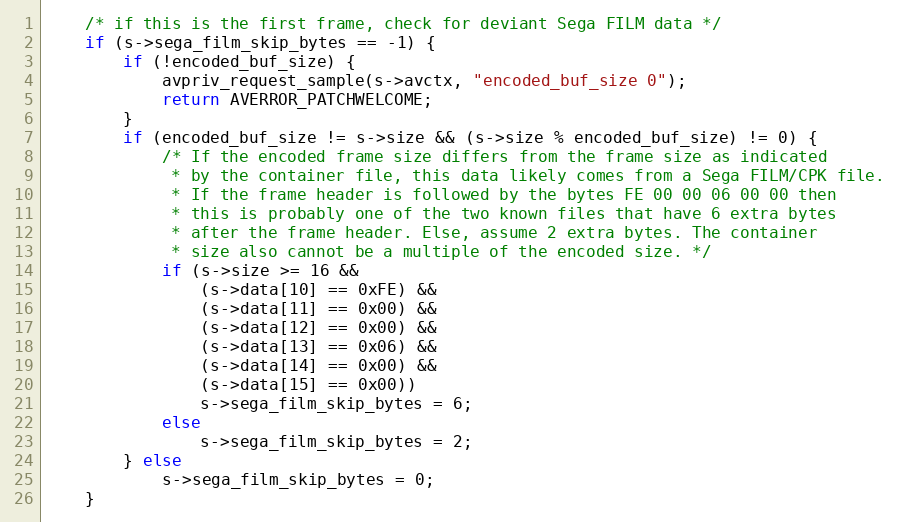
Language: C
    /* if this is the first frame, check for deviant Sega FILM data */
    if (s->sega_film_skip_bytes == -1) {
        if (!encoded_buf_size) {
            avpriv_request_sample(s->avctx, "encoded_buf_size 0");
            return AVERROR_PATCHWELCOME;
        }
        if (encoded_buf_size != s->size && (s->size % encoded_buf_size) != 0) {
            /* If the encoded frame size differs from the frame size as indicated
             * by the container file, this data likely comes from a Sega FILM/CPK file.
             * If the frame header is followed by the bytes FE 00 00 06 00 00 then
             * this is probably one of the two known files that have 6 extra bytes
             * after the frame header. Else, assume 2 extra bytes. The container
             * size also cannot be a multiple of the encoded size. */
            if (s->size >= 16 &&
                (s->data[10] == 0xFE) &&
                (s->data[11] == 0x00) &&
                (s->data[12] == 0x00) &&
                (s->data[13] == 0x06) &&
                (s->data[14] == 0x00) &&
                (s->data[15] == 0x00))
                s->sega_film_skip_bytes = 6;
            else
                s->sega_film_skip_bytes = 2;
        } else
            s->sega_film_skip_bytes = 0;
    }